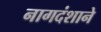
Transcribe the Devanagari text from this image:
नागदंशाने